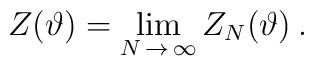
Z(\vartheta )=\lim _{N\, \rightarrow \, \infty }Z_{N}(\vartheta )\: .